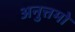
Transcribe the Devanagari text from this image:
अनुत्तमो